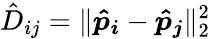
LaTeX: \hat{D}_{ij}=\| \boldsymbol{\hat{p}_{i}}-\boldsymbol{\hat{p}_{j}}\| _{2}^{2}